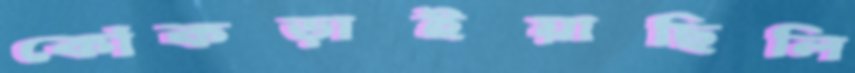
কোঁকড়াইয়াছিলি